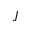
J